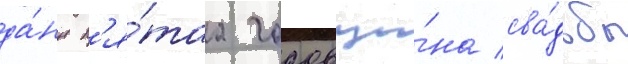
да́нн п'я́таа годовщи́на сва́дьбы